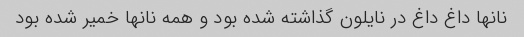
نانها داغ داغ در نایلون گذاشته شده بود و همه نانها خمیر شده بود